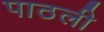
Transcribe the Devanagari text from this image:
पाठली